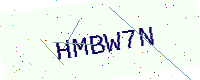
Text: HMBW7N